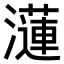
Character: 𤂍